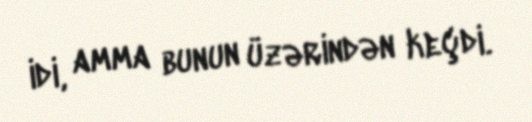
idi, amma bunun üzərindən keçdi.